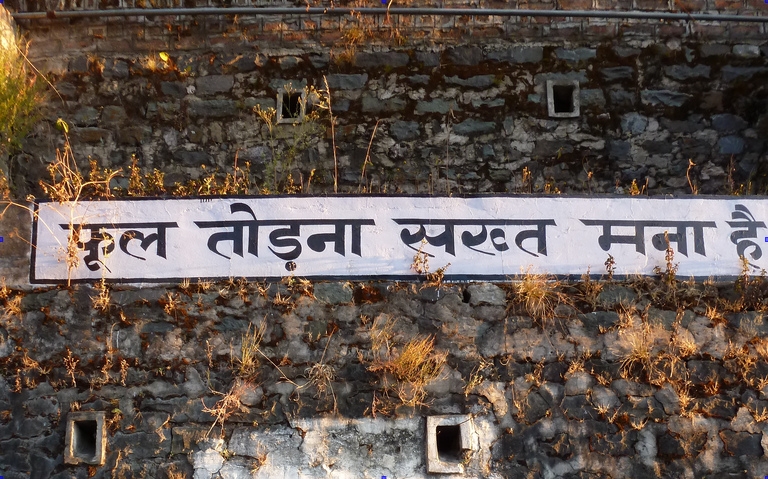
Language: hindi
Transcription: तोड़ना सरव्त फूल मना है